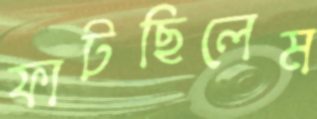
ফাটছিলেম